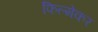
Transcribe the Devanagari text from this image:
फिल्मेकर